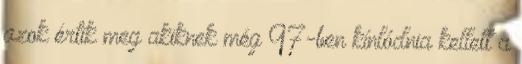
azok értik meg akiknek még 97-ben kínlódnia kellett a